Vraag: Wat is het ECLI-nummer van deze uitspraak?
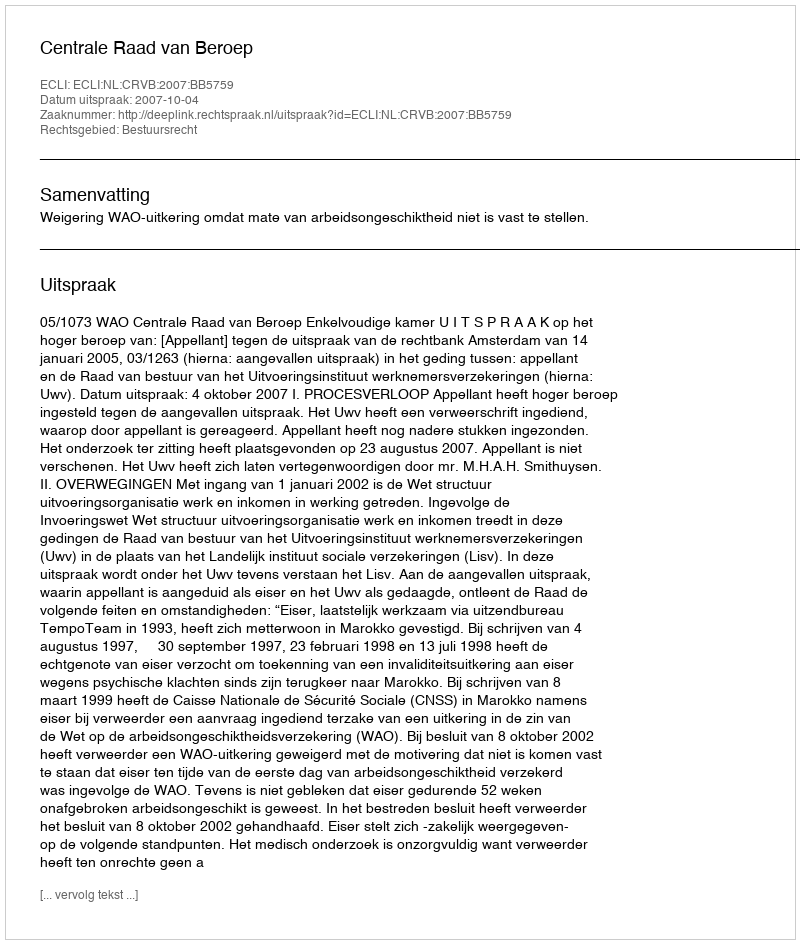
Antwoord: ECLI:NL:CRVB:2007:BB5759